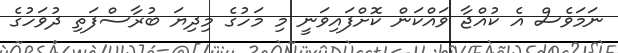
ނަމަވެސް އެ ކުއްޖާ ވައްކަން ކޮށްފައިވަނީ މި މަހުގެ މިދިޔަ ބުރާސްފަތި ދުވަހުގެ